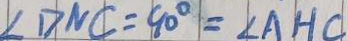
\angle D N C = 9 0 ^ { \circ } = \angle A H C